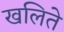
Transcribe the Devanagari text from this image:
खलिते